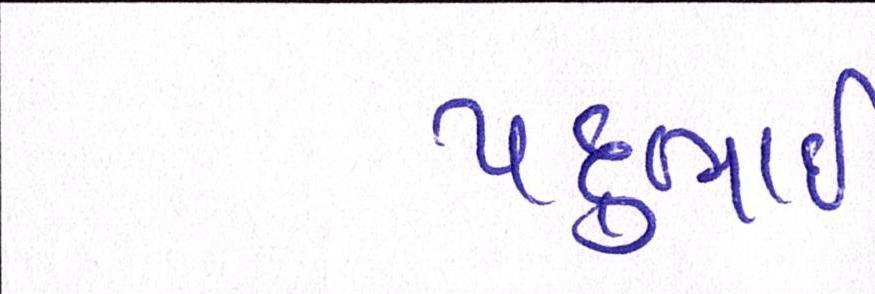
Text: પદુભાઈ